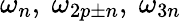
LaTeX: {\omega_{n}},~\omega_{2p\pm n},~\omega_{3n}